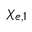
\chi _ { e , 1 }